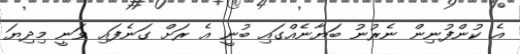
އެ ކުންފުނިން ނެރުނު ބަޔާނެއްގައި ބުނީ އެ ރަށް ގަނެފައި ވަނީ މިދިޔަ